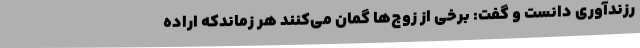
رزندآوری دانست و گفت: برخی از زوج‌ها گمان می‌کنند هر زماندکه اراده